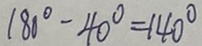
1 8 0 ^ { \circ } - 4 0 ^ { \circ } = 1 4 0 ^ { \circ }